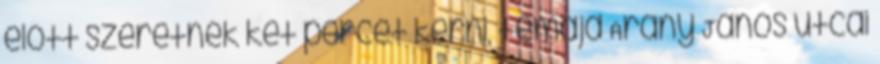
előtt szeretnék két percet kérni, témája Arany János utcai